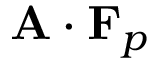
\mathbf { A } \boldsymbol { \cdot } \mathbf { F } _ { p }